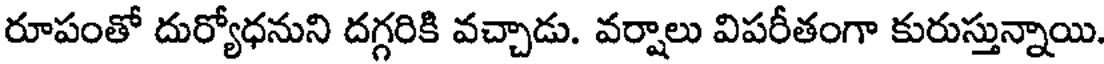
రూపంతో దుర్యోధనుని దగ్గరికి వచ్చాడు. వర్షాలు విపరీతంగా కురుస్తున్నాయి